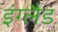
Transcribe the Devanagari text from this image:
इंग्लैड